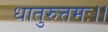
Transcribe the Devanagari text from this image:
धातुरुत्तमः।।